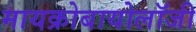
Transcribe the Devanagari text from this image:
मायक्रोबायोलॉजी